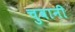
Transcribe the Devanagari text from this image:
चुवानी